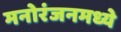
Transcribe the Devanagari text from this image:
मनोरंजनमध्ये